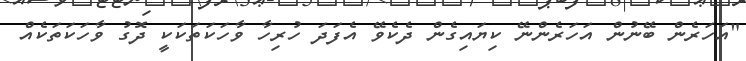
"އަހަރެން ބޭނުން އަހަރެންނޭ ކިޔައިގެން ދެކެވޭ އެފަދަ ހުރިހާ ވާހަކަތަކަކީ ދޮގު ވާހަކަތަކެއް